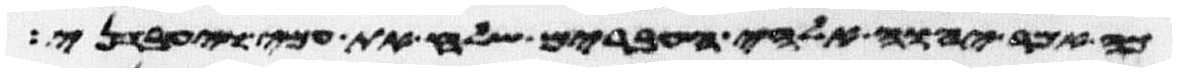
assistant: כה אמר יהוה אלהי העברים שלח את עמי ויעבדני